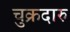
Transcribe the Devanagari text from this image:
चुक्रदारु